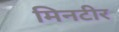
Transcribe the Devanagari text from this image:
मिनटीर